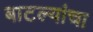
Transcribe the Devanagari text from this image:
बाटल्यांचा